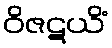
ဝိဇဋယိံ